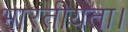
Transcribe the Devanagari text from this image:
भारतीयता।